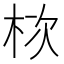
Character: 栨